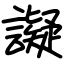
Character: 譺